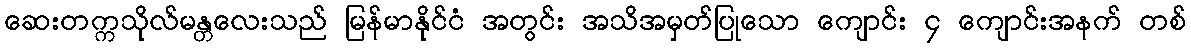
ဆေးတက္ကသိုလ်မန္တလေးသည် မြန်မာနိုင်ငံ အတွင်း အသိအမှတ်ပြုသော ကျောင်း ၄ ကျောင်းအနက် တစ်